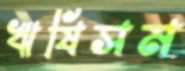
ঋষিসম